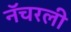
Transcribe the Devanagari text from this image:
नॅचरली